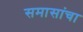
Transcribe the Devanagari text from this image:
समासांचा